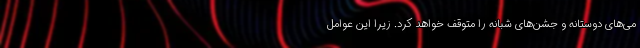
می‌های دوستانه و جشن‌های شبانه را متوقف خواهد کرد. زیرا این عوامل